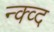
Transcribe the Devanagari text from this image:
न्क्व्द